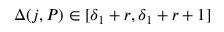
\Delta ( j , P ) \in [ \delta _ { 1 } + r , \delta _ { 1 } + r + 1 ]